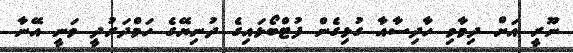
ނޫރީ އަށް ދިމާވި ހާދިސާއާ ގުޅިގެން ފުޓްބޯޅައިގެ ދުނިޔޭގެ ހަމްދަރުދީ ވަނީ އޭނާ